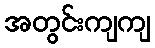
အတွင်းကျကျ